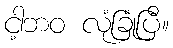
ငါ့ဘဝ လုံခြုံပြီ။